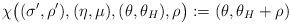
LaTeX: \begin{align*}\chi\bigl( (\sigma', \rho'), (\eta, \mu), (\theta, \theta_H), \rho \bigr):= (\theta, \theta_H + \rho)\end{align*}